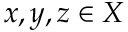
x , y , z \in X